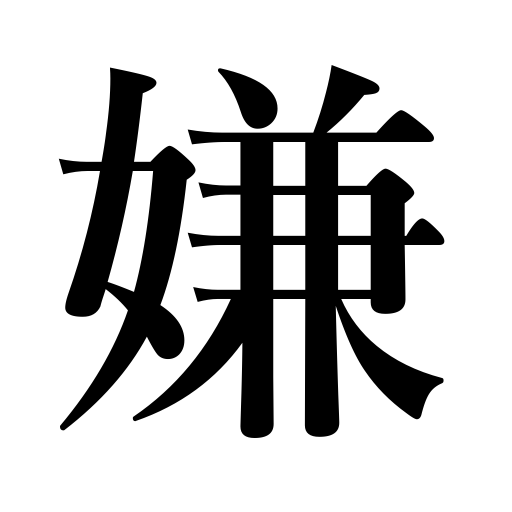
Meanings: ,disagreeable,be unwilling to do something,dislike,detest,hate